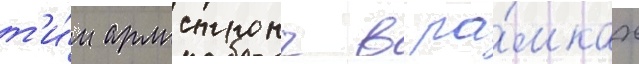
т'и́м армстронг в ра́мках